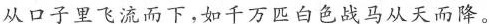
从口子里飞流而下,如千万匹白色战马从天而降。